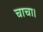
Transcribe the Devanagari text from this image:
चाचा।